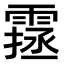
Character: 𩄔